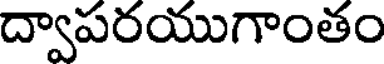
ద్వాపరయుగాంతం